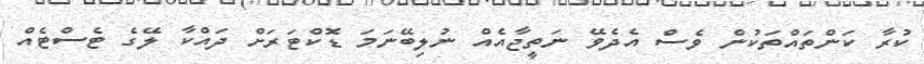
ކުރާ ކަންތައްތަކުން ވެސް އެދެވޭ ނަތީޖާއެއް ނުލިބޭނަމަ ޑޮކްޓަރަށް ދައްކާ ލޭގެ ޓެސްޓެއް